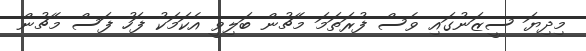
މިދިޔަ ސީޒަނުގައި ވެސް ފުރަތަމަ މެޗުން ބަލިވީ އެކަމަކު ފަހު ފަސް މެޗުން